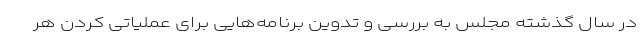
در سال گذشته مجلس به بررسی و تدوین برنامه‌هایی برای عملیاتی کردن هر